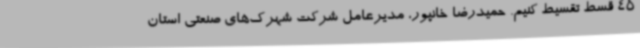
45 قسط تقسیط کنیم. حمیدرضا خانپور، مدیرعامل شرکت شهرک‌های صنعتی استان